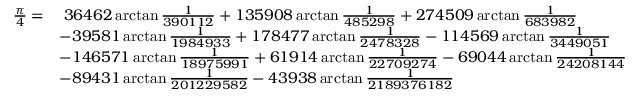
{ \begin{array} { r l } { { \frac { \pi } { 4 } } = } & { \; 3 6 4 6 2 \arctan { \frac { 1 } { 3 9 0 1 1 2 } } + 1 3 5 9 0 8 \arctan { \frac { 1 } { 4 8 5 2 9 8 } } + 2 7 4 5 0 9 \arctan { \frac { 1 } { 6 8 3 9 8 2 } } } \\ & { - 3 9 5 8 1 \arctan { \frac { 1 } { 1 9 8 4 9 3 3 } } + 1 7 8 4 7 7 \arctan { \frac { 1 } { 2 4 7 8 3 2 8 } } - 1 1 4 5 6 9 \arctan { \frac { 1 } { 3 4 4 9 0 5 1 } } } \\ & { - 1 4 6 5 7 1 \arctan { \frac { 1 } { 1 8 9 7 5 9 9 1 } } + 6 1 9 1 4 \arctan { \frac { 1 } { 2 2 7 0 9 2 7 4 } } - 6 9 0 4 4 \arctan { \frac { 1 } { 2 4 2 0 8 1 4 4 } } } \\ & { - 8 9 4 3 1 \arctan { \frac { 1 } { 2 0 1 2 2 9 5 8 2 } } - 4 3 9 3 8 \arctan { \frac { 1 } { 2 1 8 9 3 7 6 1 8 2 } } } \end{array} }